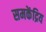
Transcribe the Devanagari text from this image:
समकेंद्रिय